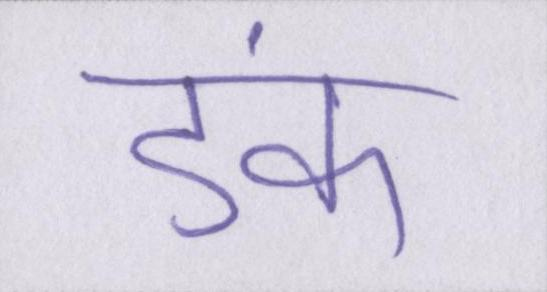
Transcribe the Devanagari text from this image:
डंके